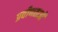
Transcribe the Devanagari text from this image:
प्रवीणताओं